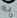
به